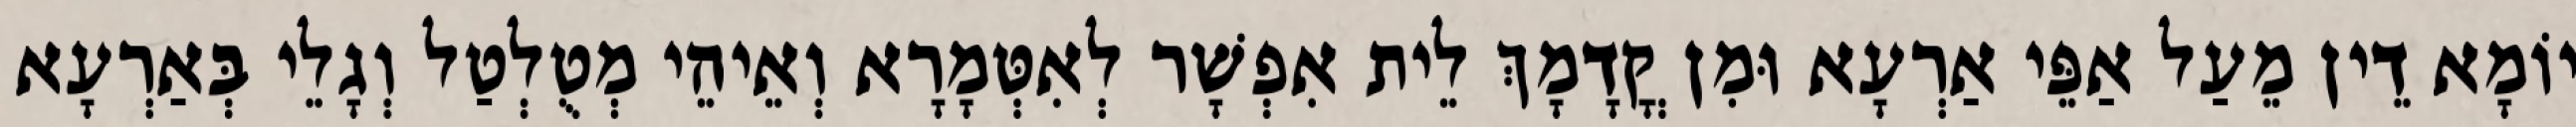
יוֹמָא דֵין מֵעַל אַפֵּי אַרְעָא וּמִן קֳדָמָךְ לֵית אִפְשָׁר לְאִטְּמָרָא וְאֵיהֵי מְטֻלְטַל וְגָלֵי בְּאַרְעָא